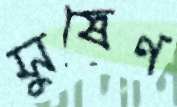
সুষেণ